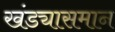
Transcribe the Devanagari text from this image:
खंड्यासमान